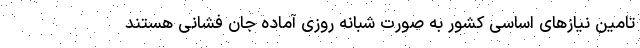
تامین نیازهای اساسی کشور به صورت شبانه روزی آماده جان فشانی هستند